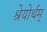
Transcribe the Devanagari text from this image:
श्रेयोर्थम्‌